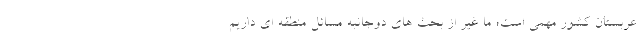
عربستان کشور مهمی است؛ ما غیر از بحث های دوجانبه مسائل منطقه ای داریم